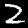
Digit: 2